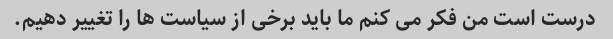
درست است من فکر می کنم ما باید برخی از سیاست ها را تغییر دهیم.